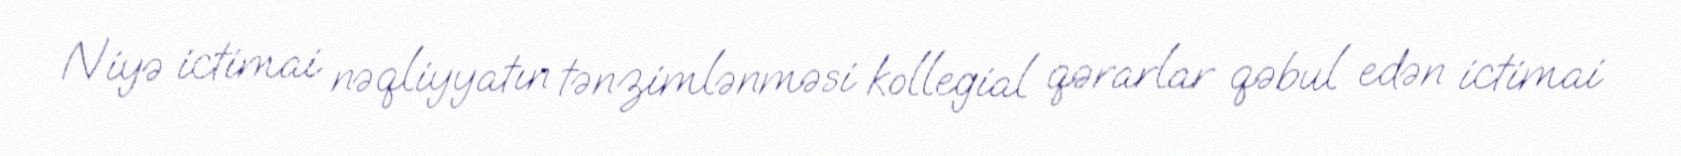
Niyə ictimai nəqliyyatın tənzimlənməsi kollegial qərarlar qəbul edən ictimai